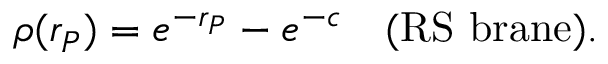
\rho ( r _ { P } ) = e ^ { - r _ { P } } - e ^ { - c } ~ ~ ~ \mathrm { ( R S ~ b r a n e ) } .